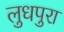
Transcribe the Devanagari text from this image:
लुधपुरा